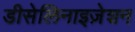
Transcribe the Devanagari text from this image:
डीसेलिनाइज़ेशन